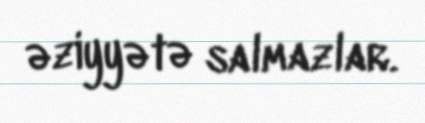
əziyyətə salmazlar.